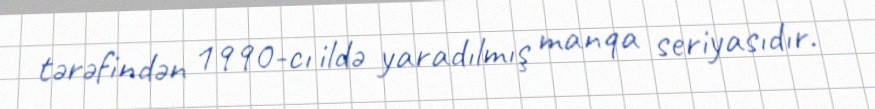
tərəfindən 1990-cı ildə yaradılmış manqa seriyasıdır.